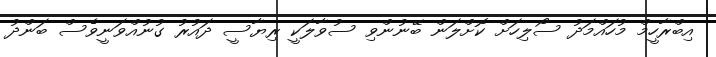
އިބްރާހީމް މުހައްމަދު ސޯލިހަށް ކޮށްލަން ބޭނުންވި ސުވާލަކީ ރިޔާސީ ދައުރު ގުނުއްވަނީވެސް ބަންދު